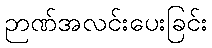
ဉာဏ်အလင်းပေးခြင်း